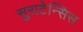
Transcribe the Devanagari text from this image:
सुराटेन्सिस